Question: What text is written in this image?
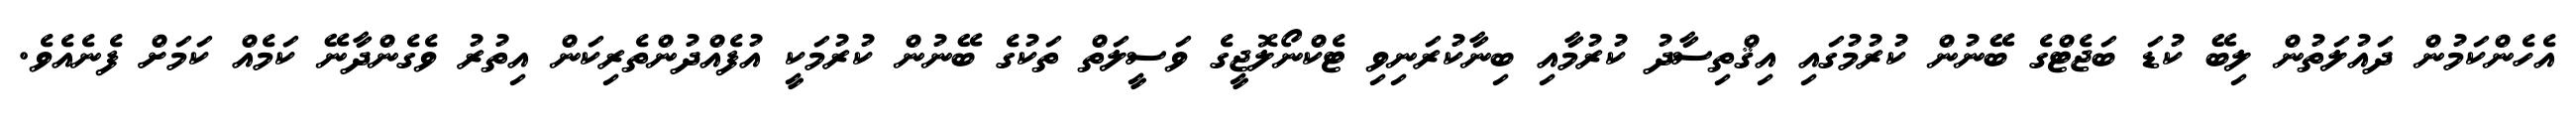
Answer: އެހެންކަމުން ދައުލަތުން ލިބޭ ކުޑަ ބަޖެޓްގެ ބޭނުން ކުރުމުގައި އިޤްތިސާދު ކުރުމާއި ބިނާކުރަނިވި ޓެކްނޯލޮޖީގެ ވަސީލަތް ތަކުގެ ބޭނުން ކުރުމަކީ އުފެއްދުންތެރިކަން އިތުރު ވެގެންދާނޭ ކަމެއް ކަމަށް ފެނެއެވެ.